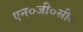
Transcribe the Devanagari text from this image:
एन०जी०सी०